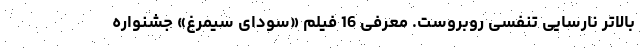
بالاتر نارسایی تنفسی روبروست. معرفی 16 فیلم «سودای سیمرغ» جشنواره